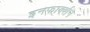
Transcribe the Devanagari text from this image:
इनफार्क्शन